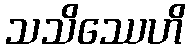
သသိဿေဟိ